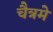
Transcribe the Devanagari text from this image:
चैत्रमे